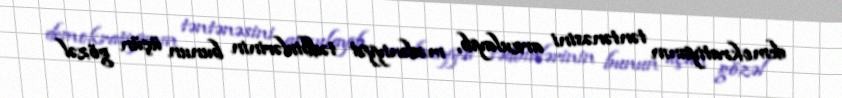
demokratiyanın təntənəsini arzulayıb, mədəniyyət tədbirlərinin bunun üçün gözəl